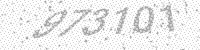
Solution: 973101